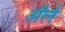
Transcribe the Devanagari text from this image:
अॅर्ल